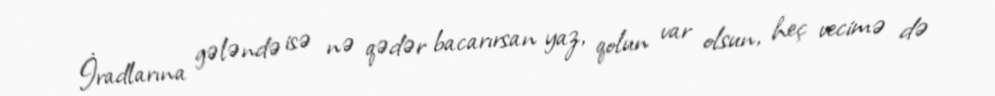
İradlarına gələndə isə nə qədər bacarırsan yaz, qolun var olsun, heç vecimə də